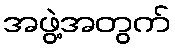
အဖွဲ့အတွက်